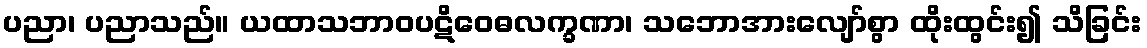
ပညာ၊ ပညာသည်။ ယထာသဘာဝပဋိဝေဓလက္ခဏာ၊ သဘောအားလျော်စွာ ထိုးထွင်း၍ သိခြင်း